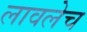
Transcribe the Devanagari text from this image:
लावलेच